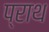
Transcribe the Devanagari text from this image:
प्राथ